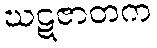
ဃဋဇာတက